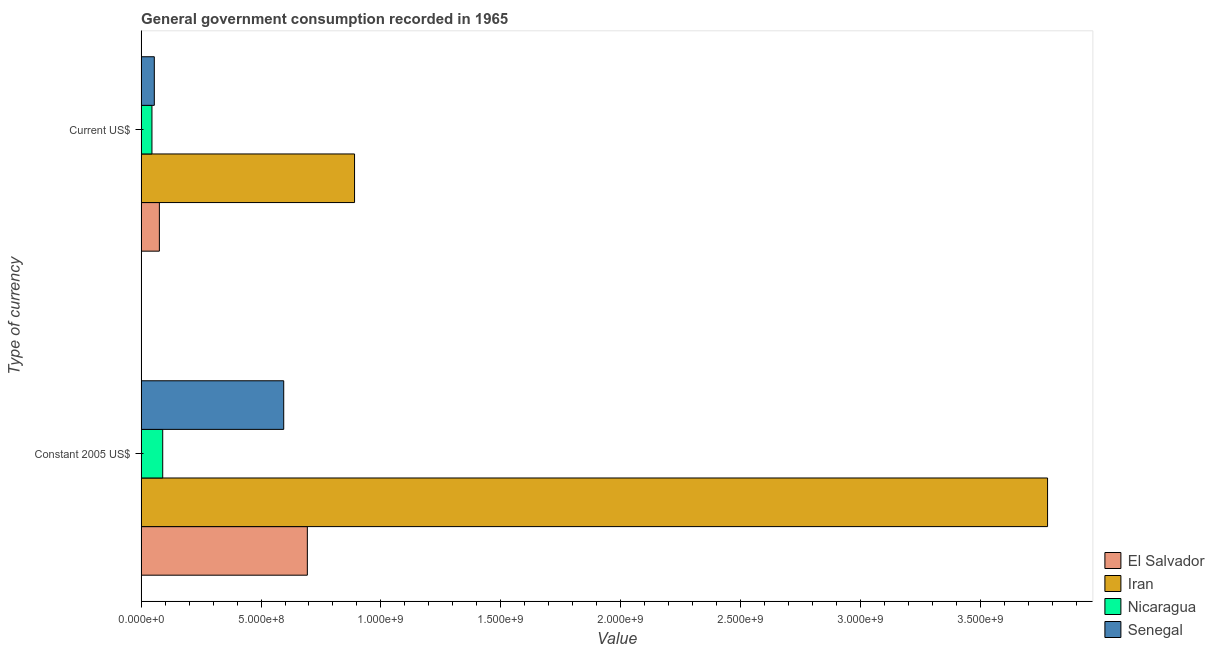
| Type of currency | El Salvador | Iran | Nicaragua | Senegal |
 | --- | --- | --- | --- | --- |
 | Constant 2005 US$ | 6.93e+08 | 3.78e+09 | 9e+07 | 5.95e+08 |
 | Current US$ | 7.6e+07 | 8.9e+08 | 4.5e+07 | 5.49e+07 |